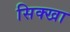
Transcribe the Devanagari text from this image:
सिक्खा